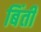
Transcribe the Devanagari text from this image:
बिंती